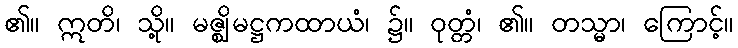
၏။ ဣတိ၊ သို့။ မဇ္ဈိမဋ္ဌကထာယံ၊ ၌။ ဝုတ္တံ၊ ၏။ တသ္မာ၊ ကြောင့်။